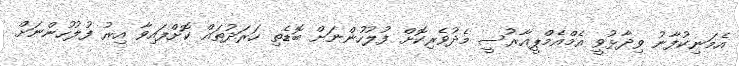
އެމަނިކުފާނު ވިދާޅުވީ އެމްއެމްޕީއާރުސީ މެދުވެރިކޮށް ފުލުހުންނަށް ބޮޑެތި ހަރަދުތައް ކޮށްފައިވާ އިރު ފުލުހުންނަށް